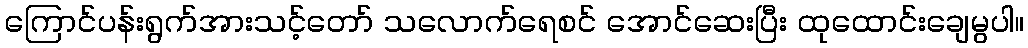
ကြောင်ပန်းရွက်အားသင့်တော် သလောက်ရေစင် အောင်ဆေးပြီး ထုထောင်းချေမွပါ။